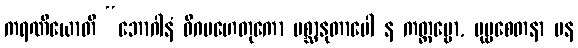
ကရဏီယောတိ “ဘောဂါနံ ဝိဂမဟေတုကော ပစ္ဆာနုတာပေါ န ကတ္တဗ္ဗော, ပုဗ္ဗစေတနာ ပန